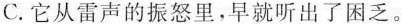
C.它从雷声的振怒里，早就听出了困乏。